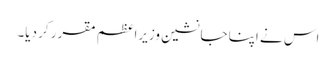
اس نے اپنا جانشین وزیراعظم مقرر کر دیا۔